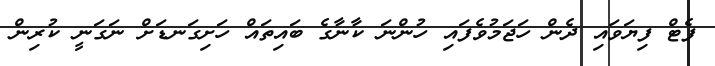
ފެޓް ފިޔަވައި ދެން ހަޖަމުވެފައި ހުންނަ ކާނާގެ ބައިތައް ހަށިގަނޑަށް ނަގަނީ ކުރިން